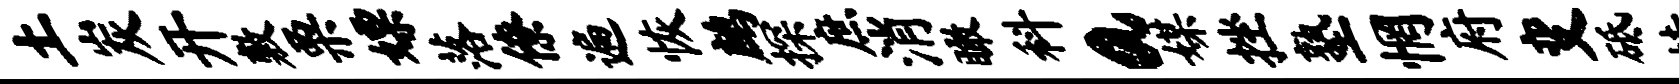
土炭开敷栗嫖落僚遍恢鹧探庶消瞰科a媒挫塾惘府变砥怯